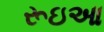
રૂઇઆ